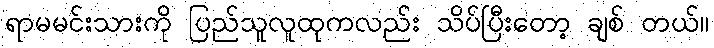
ရာမမင်းသားကို ပြည်သူလူထုကလည်း သိပ်ပြီးတော့ ချစ် တယ်။